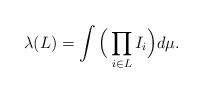
\begin{align*}\lambda(L) = \int \Big( \prod_{i\in L} I_i \Big) d\mu.\end{align*}